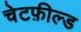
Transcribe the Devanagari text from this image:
चेटफ़ील्ड